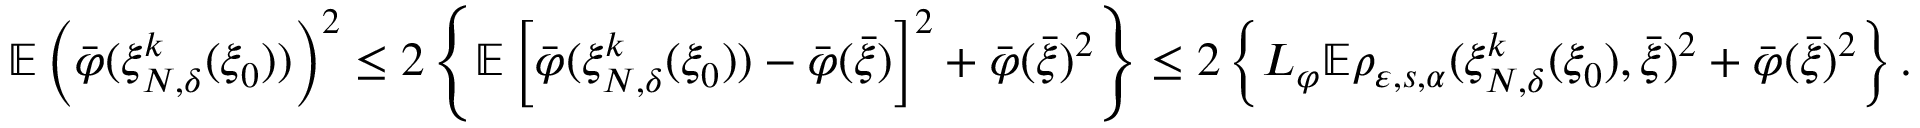
\begin{array} { r } { \mathbb { E } \left( \bar { \varphi } ( \xi _ { N , \delta } ^ { k } ( \xi _ { 0 } ) ) \right) ^ { 2 } \leq 2 \left\{ \mathbb { E } \left[ \bar { \varphi } ( \xi _ { N , \delta } ^ { k } ( \xi _ { 0 } ) ) - \bar { \varphi } ( \bar { \xi } ) \right] ^ { 2 } + \bar { \varphi } ( \bar { \xi } ) ^ { 2 } \right\} \leq 2 \left\{ L _ { \varphi } \mathbb { E } \rho _ { \varepsilon , s , \alpha } ( \xi _ { N , \delta } ^ { k } ( \xi _ { 0 } ) , \bar { \xi } ) ^ { 2 } + \bar { \varphi } ( \bar { \xi } ) ^ { 2 } \right\} . } \end{array}